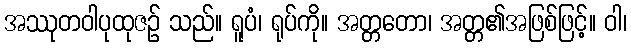
အဿုတဝါပုထုဇဉ် သည်။ ရူပံ၊ ရုပ်ကို။ အတ္တတော၊ အတ္တ၏အဖြစ်ဖြင့်။ ဝါ၊